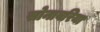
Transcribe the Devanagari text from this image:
सोनावरिया